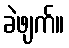
ခဲဖျက်။